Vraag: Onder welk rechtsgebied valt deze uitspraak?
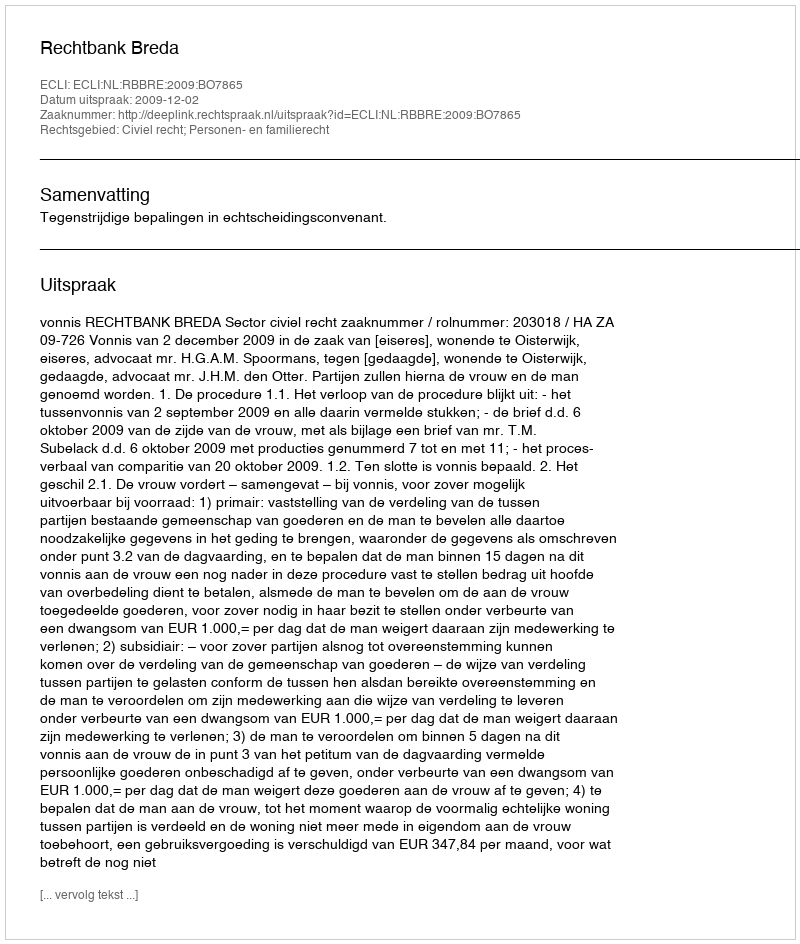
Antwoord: Civiel recht; Personen- en familierecht